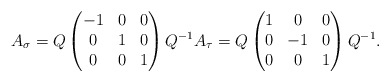
\begin{align*}A_\sigma=Q\begin{pmatrix}-1 & 0 & 0\\0 & 1 & 0\\0 & 0 & 1\end{pmatrix}Q^{-1}A_\tau=Q\begin{pmatrix}1 & 0 & 0\\0 & -1 & 0\\0 & 0 & 1\end{pmatrix}Q^{-1}.\end{align*}